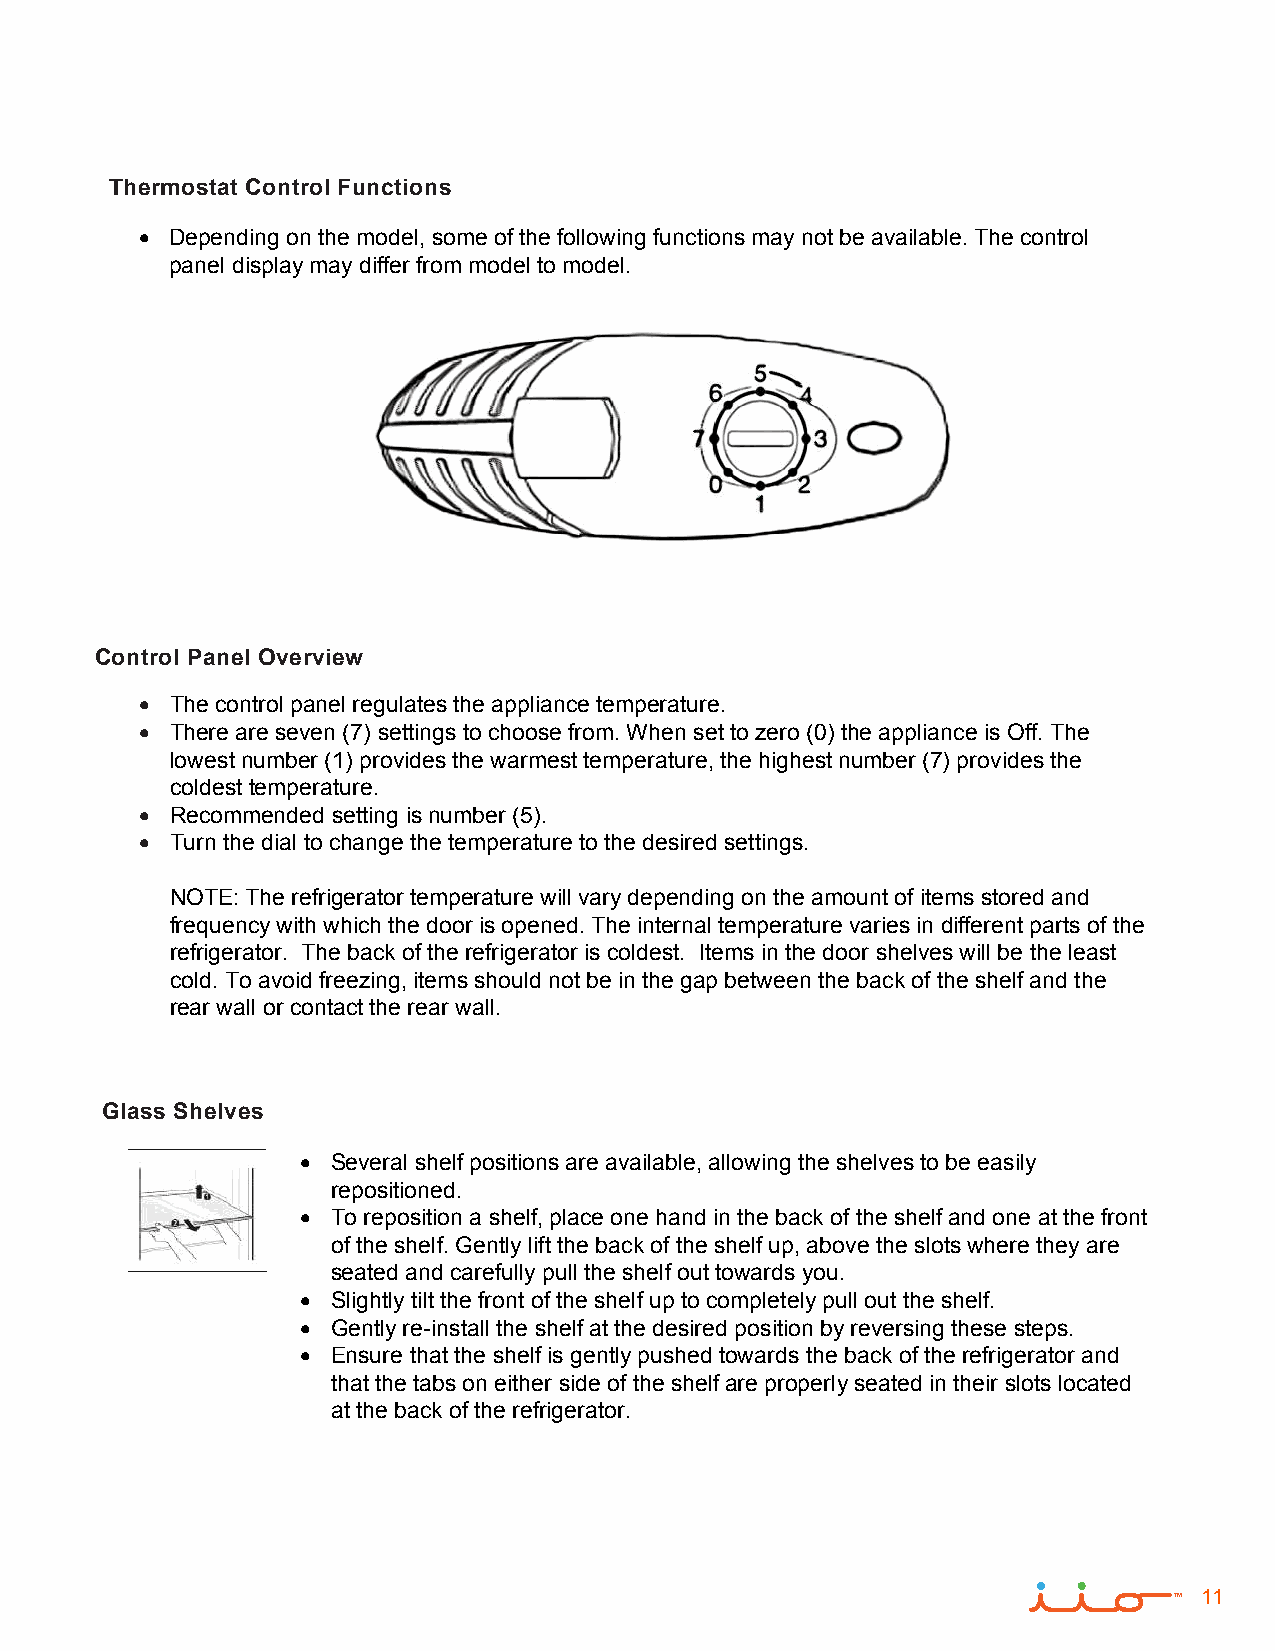
Thermostat Control Functions
 • Depending on the model, some of the following functions may not be available. The control
 panel display may differ from model to model.
 Control Panel Overview
 • The control panel regulates the appliance temperature.
 • There are seven (7) settings to choose from. When set to zero (0) the appliance is Off. The
 lowest number (1) provides the warmest temperature, the highest number (7) provides the
 coldest temperature.
 • Recommended setting is number (5).
 • Turn the dial to change the temperature to the desired settings.
 NOTE: The refrigerator temperature will vary depending on the amount of items stored and
 frequency with which the door is opened. The internal temperature varies in different parts of the
 refrigerator. The back of the refrigerator is coldest. Items in the door shelves will be the least
 cold. To avoid freezing, items should not be in the gap between the back of the shelf and the
 rear wall or contact the rear wall.
 Glass Shelves
 • Several shelf positions are available, allowing the shelves to be easily
 repositioned.
 • To reposition a shelf, place one hand in the back of the shelf and one at the front
 of the shelf. Gently lift the back of the shelf up, above the slots where they are
 seated and carefully pull the shelf out towards you.
 • Slightly tilt the front of the shelf up to completely pull out the shelf.
 • Gently re-install the shelf at the desired position by reversing these steps.
 • Ensure that the shelf is gently pushed towards the back of the refrigerator and
 that the tabs on either side of the shelf are properly seated in their slots located
 at the back of the refrigerator.
 11